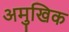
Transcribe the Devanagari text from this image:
अमुखिक